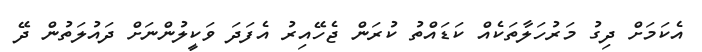
އެކަމަށް ދިގު މަރުހަލާތަކެއް ކަޑައްތު ކުރަން ޖެހޭއިރު އެފަދަ ވަކީލުންނަށް ދައުލަތުން ދޭ